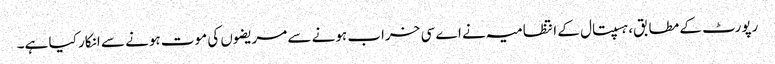
رپورٹ کے مطابق، ہسپتال کے انتظامیہ نے اے سی خراب ہونے سے مریضوں کی موت ہونے سے انکار کیا ہے۔